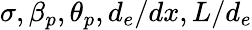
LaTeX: \sigma,\beta_{p},\theta_{p},d_{e}/dx,L/d_{e}